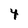
Character: 4